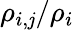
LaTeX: \rho_{i,\mathit{j}}/\rho_{i}